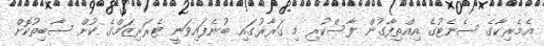
އެމެރިކާގެ ސެނެޓުގެ އިއްތިފާގުން ފާސްކުރި މި ގަރާރުގައި ބުނެފައިވަނީ ޓެރަރިޒަމްގެ ކުށް ސާބިތުކޮށް